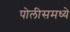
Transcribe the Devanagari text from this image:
पोलीसमध्ये